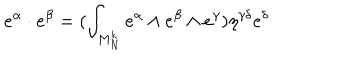
LaTeX: e ^ { \alpha } \cdot e ^ { \beta } = ( \int _ { M _ { N } ^ { k } } e ^ { \alpha } \wedge e ^ { \beta } \wedge e ^ { \gamma } ) \eta ^ { \gamma \delta } e ^ { \delta }